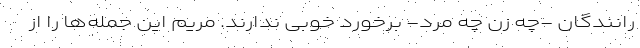
رانندگان -چه زن چه مرد- برخورد خوبی ندارند. مریم این جمله‌ها را از